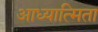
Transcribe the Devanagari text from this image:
आध्यात्मिता